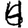
Digit: 4